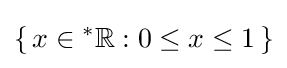
\{\,x\in {^{*}\mathbb {R} }:0\leq x\leq 1\,\}